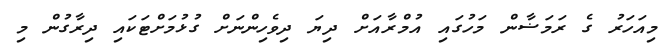
މިއަހަރު ގެ ރަމަޟާން މަހުގައި އުމްރާއަށް ދިޔަ ދިވެހިންނަށް ގުޅުމަށްޓަކައި ދިރާގުން މި